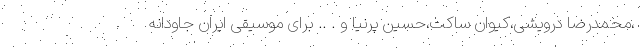
،محمدرضا درویشی،کیوان ساکت،حسین پرنیا و . .. برای موسیقی ایران جاودانه